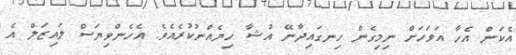
އެކަން އެހާ އަވަހަށް ނިމިގެން ހިނގައިދާނޭ އުޝާ ހިޔެއްނުކުރެއެވެ. އެހެންވިޔަސް ލައިޒަލް އެ